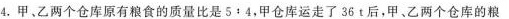
4.甲、乙两个仓库原有粮食的质量比是5+4，甲仓库运走了36t后，甲、乙两个仓库的粮